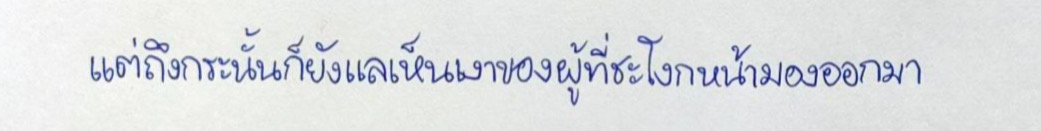
แต่ถึงกระนั้นก็ยังแลเห็นเงาของผู้ที่ชะโงกหน้ามองออกมา